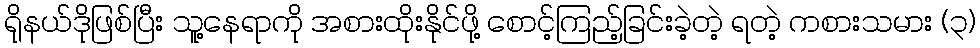
ရိုနယ်ဒိုဖြစ်ပြီး သူ့နေရာကို အစားထိုးနိုင်ဖို့ စောင့်ကြည့်ခြင်းခဲ့တဲ့ ရတဲ့ ကစားသမား (၃)